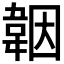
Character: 𩎪